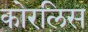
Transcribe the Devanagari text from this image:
कोरलिस